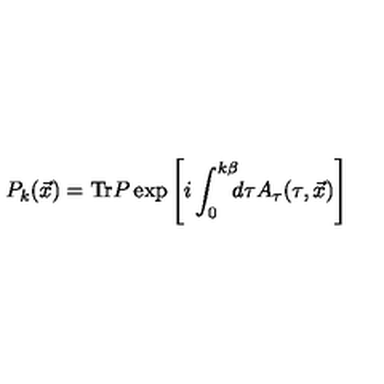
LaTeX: P _ { k } ( \vec { x } ) = \mathrm { T r } P \exp \left[ i \int _ { 0 } ^ { k \beta } \! \! \! d \tau A _ { \tau } ( \tau , \vec { x } ) \right]